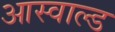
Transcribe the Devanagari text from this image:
आस्वाल्ड